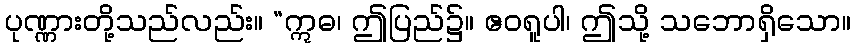
ပုဏ္ဏားတို့သည်လည်း။ “ဣဓ၊ ဤပြည်၌။ ဧဝရူပါ၊ ဤသို့ သဘောရှိသော။